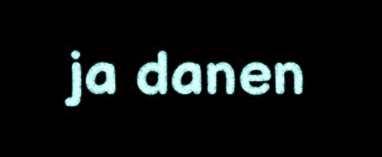
ja danen